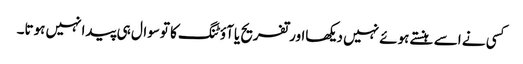
کسی نے اسے ہنستے ہوئے نہیں دیکھااورتفریح یاآؤٹنگ کا توسوال ہی پیدانہیں ہوتا۔